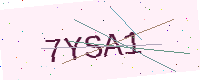
Text: 7YSA1